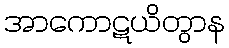
အာကောဋယိတွာန